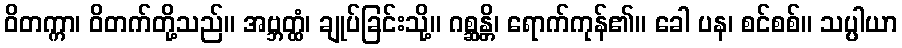
ဝိတက္ကာ၊ ဝိတက်တို့သည်။ အဗ္ဘတ္ထံ၊ ချုပ်ခြင်းသို့။ ဂစ္ဆန္တိ၊ ရောက်ကုန်၏။ ခေါ ပန၊ စင်စစ်။ သပ္ပါယာ